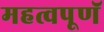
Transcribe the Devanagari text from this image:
महत्वपूणॅ